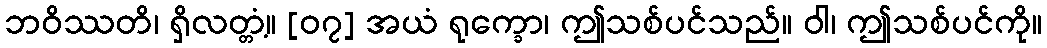
ဘဝိဿတိ၊ ရှိလတ္တံ့။ [၀၇] အယံ ရုက္ခော၊ ဤသစ်ပင်သည်။ ဝါ၊ ဤသစ်ပင်ကို။